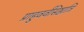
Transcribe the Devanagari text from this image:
प्राहुवर्वसिष्ठात्रि